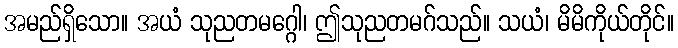
အမည်ရှိသော။ အယံ သုညတမဂ္ဂေါ၊ ဤသုညတမဂ်သည်။ သယံ၊ မိမိကိုယ်တိုင်။